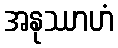
အနုဿာဟံ